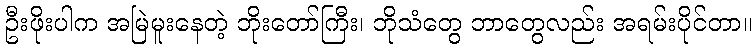
ဦးဖိုးပါက အမြဲမူးနေတဲ့ ဘိုးတော်ကြီး၊ ဘိုသံတွေ ဘာတွေလည်း အရမ်းပိုင်တာ။